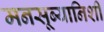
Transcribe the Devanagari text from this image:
मनसूब्यानिशी